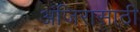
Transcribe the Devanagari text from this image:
अंजिरासाठी